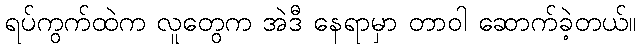
ရပ်ကွက်ထဲက လူတွေက အဲဒီ နေရာမှာ တာဝါ ဆောက်ခဲ့တယ်။